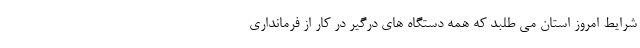
شرایط امروز استان می طلبد که همه دستگاه های درگیر در کار از فرمانداری